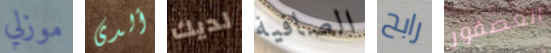
موزلي ألدى لديك الصافية رابح العصفور